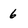
Character: 6